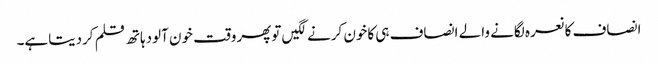
انصاف کانعرہ لگانے والے انصاف ہی کاخون کرنے لگیں توپھروقت خون آلودہاتھ قلم کردیتاہے۔